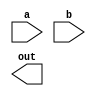
module top_module ( input a, input b, output out );
	//module mod_a ( input in1, input in2, output out );
    // module content
	//endmodule
module

endmodule